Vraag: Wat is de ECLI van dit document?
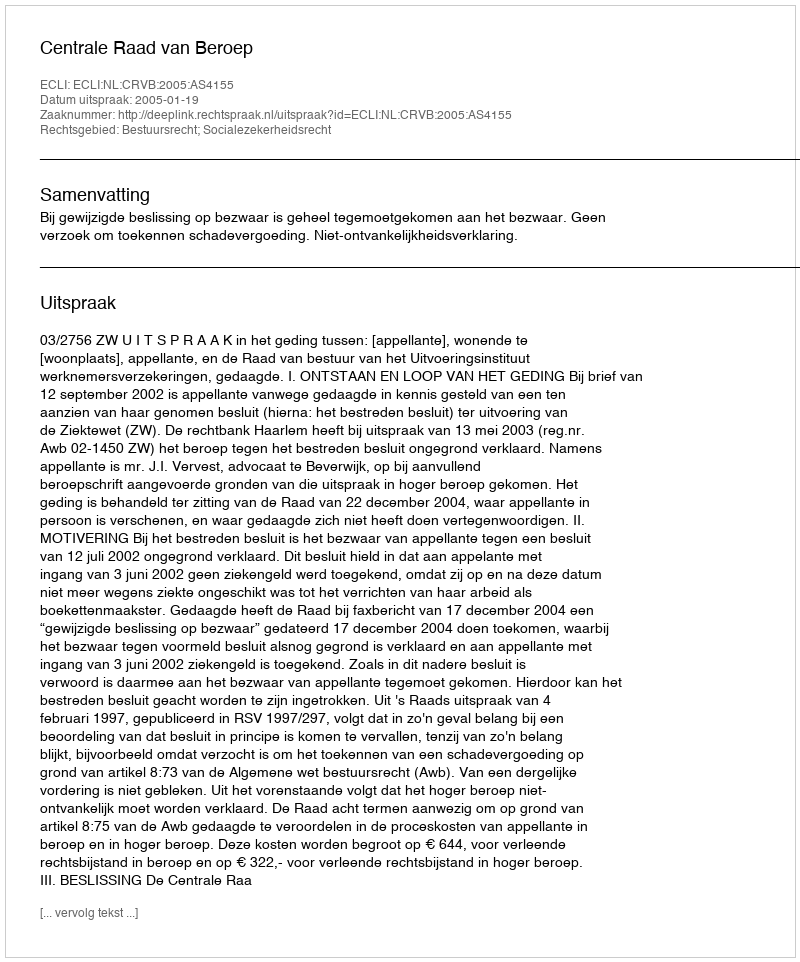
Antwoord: ECLI:NL:CRVB:2005:AS4155